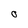
Character: O